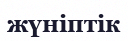
жүніптік